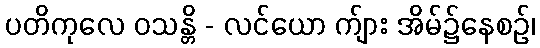
ပတိကုလေ ဝသန္တိ - လင်ယော က်ျား အိမ်၌နေစဉ်၊